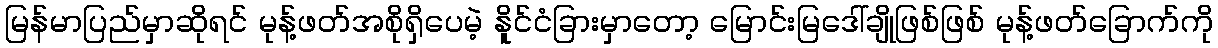
မြန်မာပြည်မှာဆိုရင် မုန့်ဖတ်အစိုရှိပေမဲ့ နိူင်ငံခြားမှာတော့ မြောင်းမြဒေါ်ချိုဖြစ်ဖြစ် မုန့်ဖတ်ခြောက်ကို